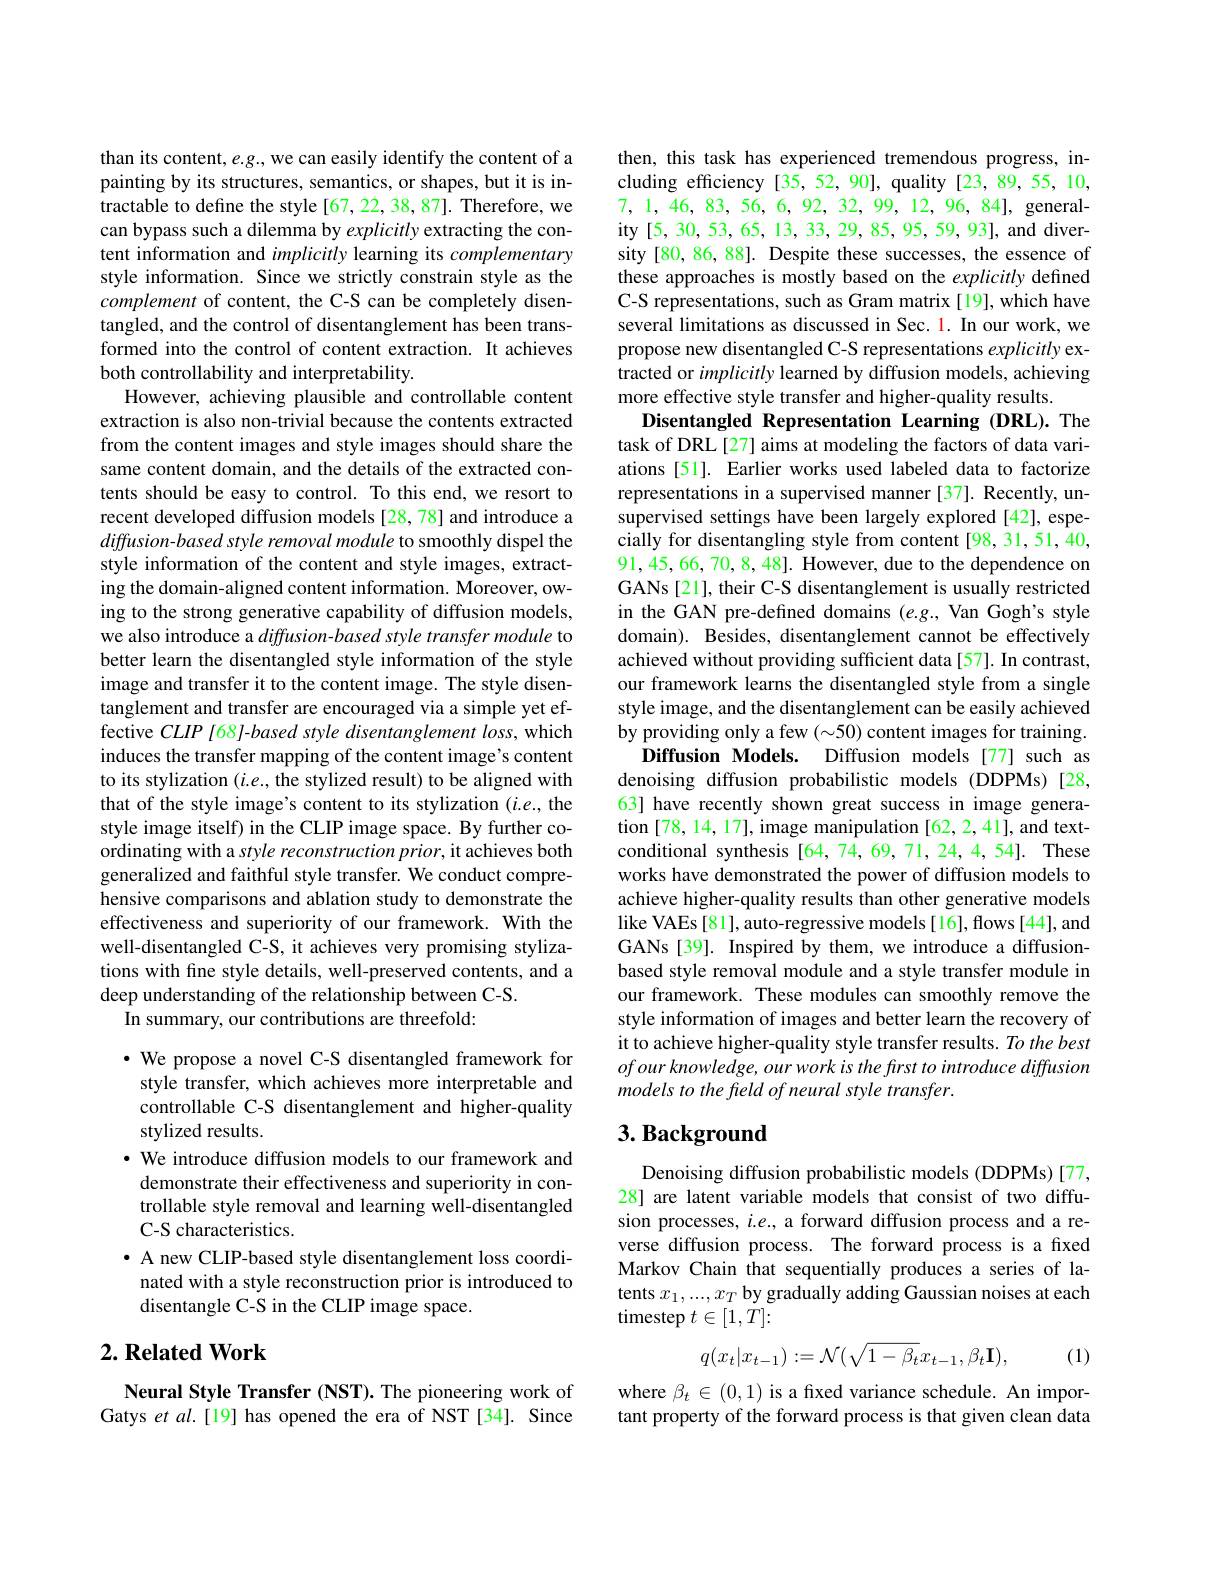
than its content, e.g., we can easily identify the content of a painting by its structures, semantics, or shapes, but it is intractable to define the style [67, 22, 38, 87]. Therefore, we can bypass such a dilemma by explicitly extracting the content information and implicitly learning its complementary style information. Since we strictly constrain style as the complement of content, the C-S can be completely disentangled, and the control of disentanglement has been transformed into the control of content extraction. It achieves both controllability and interpretability.
However, achieving plausible and controllable content extraction is also non-trivial because the contents extracted from the content images and style images should share the same content domain, and the details of the extracted contents should be easy to control. To this end, we resort to recent developed diffusion models [28,78] and introduce a diffusion-based style removal module to smoothly dispel the style information of the content and style images, extracting the domain-aligned content information. Moreover, owing to the strong generative capability of diffusion models, we also introduce a $diffusion-based$ style transfer module to better learn the disentangled style information of the style image and transfer it to the content image. The style disentanglement and transfer are encouraged via a simple yet effective $CLIP$ [68]-based style disentanglement loss, which induces the transfer mapping of the content image's content to its stylization $(i.e.$, the stylized result) to be aligned with that of the style image's content to its stylization $(i.e.$, the style image itself) in the CLIP image space. By further coordinating with a style reconstruction prior, it achieves both generalized and faithful style transfer. We conduct comprehensive comparisons and ablation study to demonstrate the effectiveness and superiority of our framework. With the well-disentangled C-S, it achieves very promising stylizations with fine style details, well-preserved contents, and a deep understanding of the relationship between C-S.
In summary, our contributions are threefold:

·We propose a novel C-S disentangled framework for
style transfer, which achieves more interpretable and controllable C-S disentanglement and higher-quality stylized results.
· We introduce diffusion models to our framework and
demonstrate their effectiveness and superiority in controllable style removal and learning well-disentangled C-S characteristics.
· A new CLIP-based style disentanglement loss coordinated with a style reconstruction prior is introduced to disentangle C-S in the CLIP image space.

## $2. \textbf{Related Work}$

Neural Style Transfer (NST). The pioneering work of Gatys et al.[19] has opened the era of NST[34]. Since

then, this task has experienced tremendous progress, including efficiency [35, 52, 90], quality [23, 89, 55, 10, 7,1,46,83,56,6,92,32,99,12,96,84], generality[5,30,53,65,13,33,29,85,95,59,93], and diversity [80, 86, 88]. Despite these successes, the essence of these approaches is mostly based on the explicitly defined C-S representations, such as Gram matrix [19], which have several limitations as discussed in Sec. 1. In our work, we propose new disentangled C-S representations explicitly extracted or implicitly learned by diffusion models, achieving more effective style transfer and higher-quality results
Disentangled Representation Learning (DRL).The task of DRL[27] aims at modeling the factors of data variations [51]. Earlier works used labeled data to factorize representations in a supervised manner [37]. Recently, unsupervised settings have been largely explored [42], especially for disentangling style from content [98, 31, 51, 40, 91, 45, 66, 70, 8, 48]. However, due to the dependence on GANs[21], their C-S disentanglement is usually restricted in the GAN pre-defined domains (e.g., Van Gogh's style domain). Besides, disentanglement cannot be effectively achieved without providing sufficient data[57]. In contrast, our framework learns the disentangled style from a single style image, and the disentanglement can be easily achieved by providing only a few $(\sim50)$ content images for training.
Diffusion Models. Diffusion models [77] such as denoising diffusion probabilistic models (DDPMs)[28, 63] have recently shown great success in image generation [78,14,17], image manipulation [62,2,41], and textconditional synthesis [64,74,69,71,24,4,54]. These works have demonstrated the power of diffusion models to achieve higher-quality results than other generative models like VAEs [81], auto-regressive models [16], flows [44], and GANs[39]. Inspired by them, we introduce a diffusionbased style removal module and a style transfer module in our framework. These modules can smoothly remove the style information of images and better learn the recovery of it to achieve higher-quality style transfer results. To the best $ofourknowledge,ourworkisthefirsttointroducediffusion$ models to the feld of neural style transfer.

## $3. \textbf{Background}$

Denoising diffusion probabilistic models (DDPMs)[77, 28] are latent variable models that consist of two diffusion processes, $i.e.$, a forward diffusion process and a reverse diffusion process. The forward process is a fixed Markov Chain that sequentially produces a series of latents $x_1,...,x_T$ by gradually adding Gaussian noises at each timestep $t\in[1,T]\colon$
$$q(x_t|x_{t-1}):=\mathcal{N}(\sqrt{1-\beta_t}x_{t-1},\beta_t\mathbf{I}),$$
(1)

where $\beta_t\in(0,1)$ is a fixed variance schedule. An important property of the forward process is that given clean data